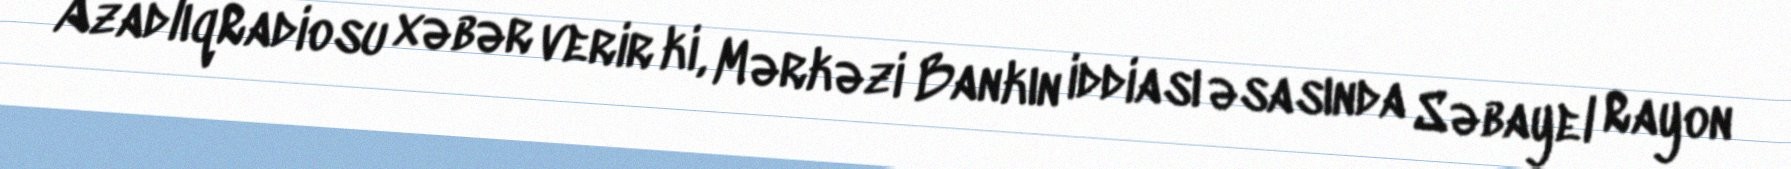
AzadlıqRadiosu xəbər verir ki, Mərkəzi Bankın iddiası əsasında Səbayel Rayon